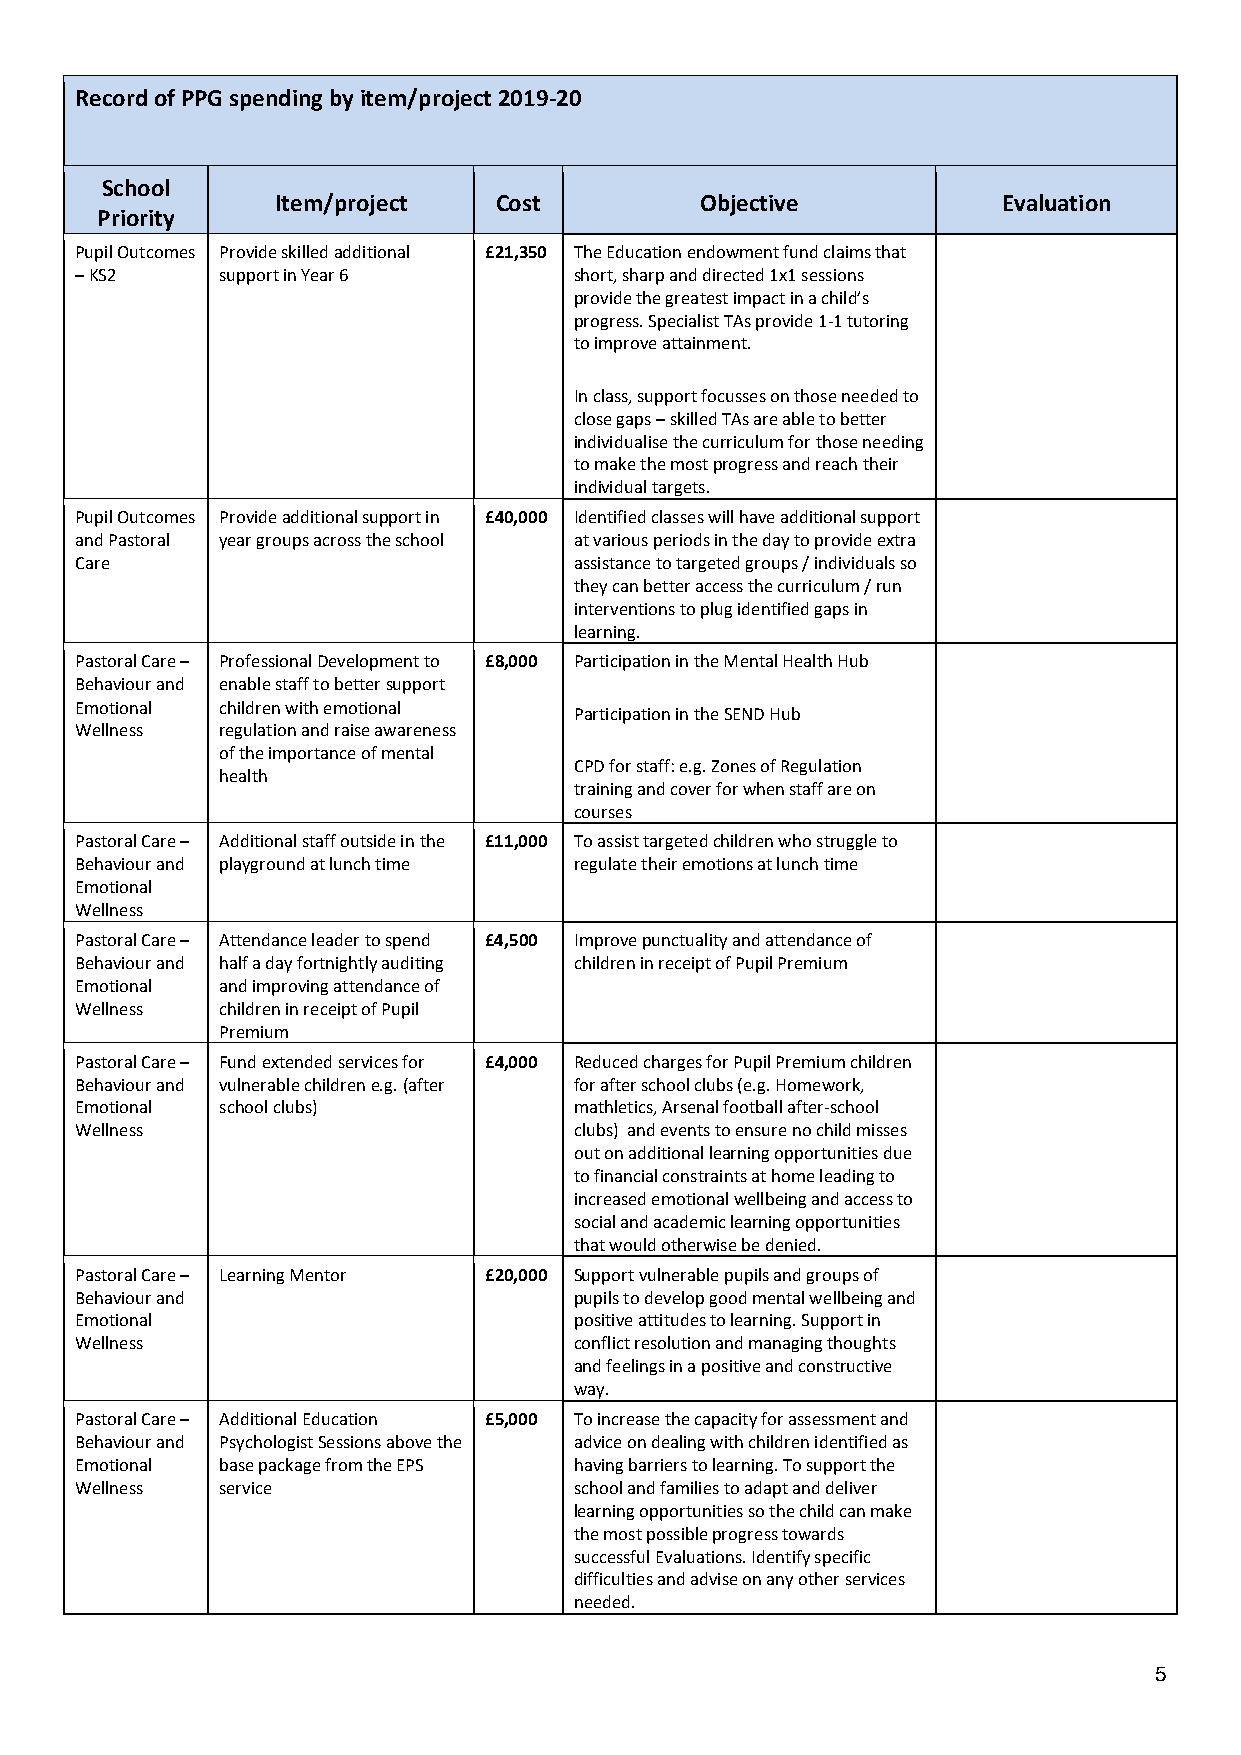
Record of PPG spending by item/project 2019-20
 School
 Item/project   Cost         Objective           Evaluation
 Priority
 Pupil Outcomes Provide skilled additional £21,350 The Education endowment fund claims that
 – KS2     support in Year 6      short, sharp and directed 1x1 sessions
 provide the greatest impact in a child’s
 progress. Specialist TAs provide 1-1 tutoring
 to improve attainment.
 In class, support focusses on those needed to
 close gaps – skilled TAs are able to better
 individualise the curriculum for those needing
 to make the most progress and reach their
 individual targets.
 Pupil Outcomes Provide additional support in £40,000 Identified classes will have additional support
 and Pastoral year groups across the school at various periods in the day to provide extra
 Care                             assistance to targeted groups / individuals so
 they can better access the curriculum / run
 interventions to plug identified gaps in
 learning.
 Pastoral Care – Professional Development to £8,000 Participation in the Mental Health Hub
 Behaviour and enable staff to better support
 Emotional children with emotional Participation in the SEND Hub
 Wellness  regulation and raise awareness
 of the importance of mental
 CPD for staff: e.g. Zones of Regulation
 health
 training and cover for when staff are on
 courses
 Pastoral Care – Additional staff outside in the £11,000 To assist targeted children who struggle to
 Behaviour and playground at lunch time regulate their emotions at lunch time
 Emotional
 Wellness
 Pastoral Care – Attendance leader to spend £4,500 Improve punctuality and attendance of
 Behaviour and half a day fortnightly auditing children in receipt of Pupil Premium
 Emotional and improving attendance of
 Wellness  children in receipt of Pupil
 Premium
 Pastoral Care – Fund extended services for £4,000 Reduced charges for Pupil Premium children
 Behaviour and vulnerable children e.g. (after for after school clubs (e.g. Homework,
 Emotional school clubs)          mathletics, Arsenal football after-school
 Wellness                         clubs) and events to ensure no child misses
 out on additional learning opportunities due
 to financial constraints at home leading to
 increased emotional wellbeing and access to
 social and academic learning opportunities
 that would otherwise be denied.
 Pastoral Care – Learning Mentor £20,000 Support vulnerable pupils and groups of
 Behaviour and                    pupils to develop good mental wellbeing and
 Emotional                        positive attitudes to learning. Support in
 Wellness                         conflict resolution and managing thoughts
 and feelings in a positive and constructive
 way.
 Pastoral Care – Additional Education £5,000 To increase the capacity for assessment and
 Behaviour and Psychologist Sessions above the advice on dealing with children identified as
 Emotional base package from the EPS having barriers to learning. To support the
 Wellness  service                school and families to adapt and deliver
 learning opportunities so the child can make
 the most possible progress towards
 successful Evaluations. Identify specific
 difficulties and advise on any other services
 needed.
 5